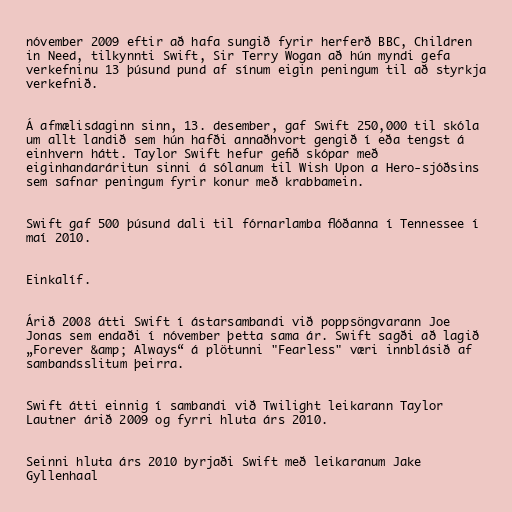
nóvember 2009 eftir að hafa sungið fyrir herferð BBC, Children
in Need, tilkynnti Swift, Sir Terry Wogan að hún myndi gefa
verkefninu 13 þúsund pund af sínum eigin peningum til að styrkja
verkefnið.

Á afmælisdaginn sinn, 13. desember, gaf Swift 250,000 til skóla
um allt landið sem hún hafði annaðhvort gengið í eða tengst á
einhvern hátt. Taylor Swift hefur gefið skópar með
eiginhandaráritun sinni á sólanum til Wish Upon a Hero-sjóðsins
sem safnar peningum fyrir konur með krabbamein.

Swift gaf 500 þúsund dali til fórnarlamba flóðanna í Tennessee í
maí 2010.

Einkalíf.

Árið 2008 átti Swift í ástarsambandi við poppsöngvarann Joe
Jonas sem endaði í nóvember þetta sama ár. Swift sagði að lagið
„Forever &amp; Always“ á plötunni "Fearless" væri innblásið af
sambandsslitum þeirra.

Swift átti einnig í sambandi við Twilight leikarann Taylor
Lautner árið 2009 og fyrri hluta árs 2010.

Seinni hluta árs 2010 byrjaði Swift með leikaranum Jake
Gyllenhaal